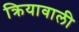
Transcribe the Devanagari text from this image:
क्रियावाली